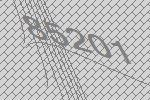
85201